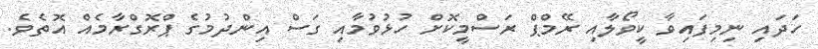
ހަދައި ނިމިފައިވާ ކީވޯލާއި ރޭމްޕް ރަސްމީކޮށް ހުޅުވުމާއި ގަސް އިންދުމުގެ ޕްރޮގްރާމެއް އޮތެވެ.